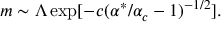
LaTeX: m \sim \Lambda \exp [ - c ( \alpha ^ { * } / \alpha _ { c } - 1 ) ^ { - 1 / 2 } ] .